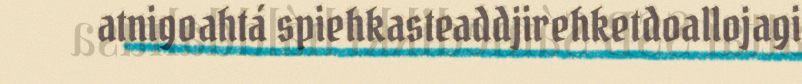
atnigoahtá spiehkasteaddjirehketdoallojagi